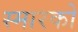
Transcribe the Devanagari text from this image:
स्मारको